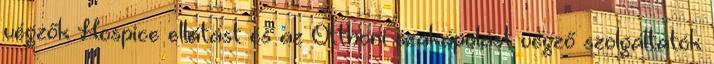
végzők Hospice ellátást és az Otthoni szakápolást végző szolgáltatók